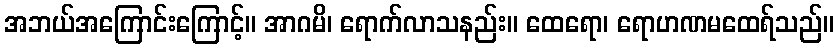
အဘယ်အကြောင်းကြောင့်။ အာဂမိ၊ ရောက်လာသနည်း။ ထေရော၊ ရောဟဏမထေရ်သည်။